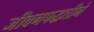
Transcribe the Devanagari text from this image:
जीवनपद्धतीने